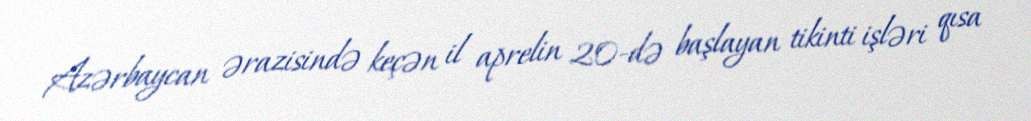
Azərbaycan ərazisində keçən il aprelin 20-də başlayan tikinti işləri qısa